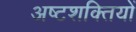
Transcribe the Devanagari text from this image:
अष्टशक्तियों